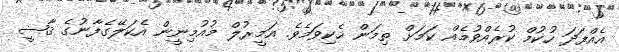
އެއްފަދަ ހުކުމް ކުރެއްވުމެއް ކަމަށް ތިމަން ހެކިވަމެވެ. އަމީރުލް މުއުމިނީން އެކަލޭގެފާނުގެ ޤާޟީ